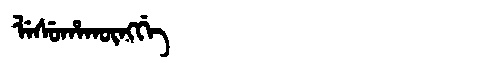
Manchu: ᠯᡝᠰᡠᡥᠠᡴᡡᠩᡤᡝ
Romanization: LESUHAKŪNGGE